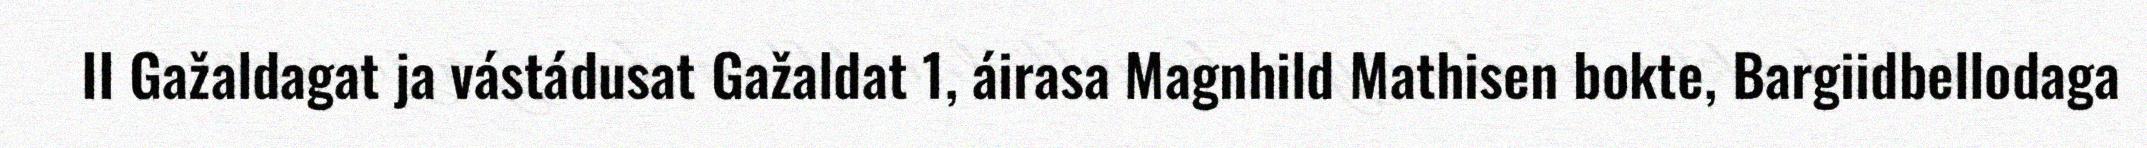
II Gažaldagat ja vástádusat Gažaldat 1, áirasa Magnhild Mathisen bokte, Bargiidbellodaga